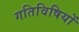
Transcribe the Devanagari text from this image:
गतिविषियों